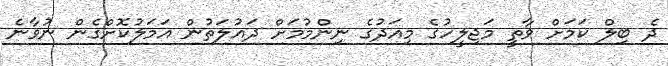
ދެ ބިލް ކަމަށް ވާތީ މަޖިލީހުގެ މިއަަދުގެ ނިންމުމަށް ދަައުލަތުން އަަމަލުކޮށްގެން ނުވާނެ